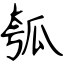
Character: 瓠